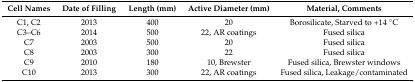
<table><thead><tr><td><b>Cell Names</b></td><td><b>Date of Filling</b></td><td><b>Length (mm)</b></td><td><b>Active Diameter (mm)</b></td><td><b>Material, Comments</b></td></tr></thead><tbody><tr><td>C1, C2</td><td>2013</td><td>400</td><td>20</td><td>Borosilicate, Starved to +14 °C</td></tr><tr><td>C3–C6</td><td>2014</td><td>500</td><td>22, AR coatings</td><td>Fused silica</td></tr><tr><td>C7</td><td>2003</td><td>500</td><td>20</td><td>Fused silica</td></tr><tr><td>C8</td><td>2003</td><td>300</td><td>22</td><td>Fused silica</td></tr><tr><td>C9</td><td>2010</td><td>180</td><td>10, Brewster</td><td>Fused silica, Brewster windows</td></tr><tr><td>C10</td><td>2013</td><td>300</td><td>22, AR coatings</td><td>Fused silica, Leakage/contaminated</td></tr></tbody></table>